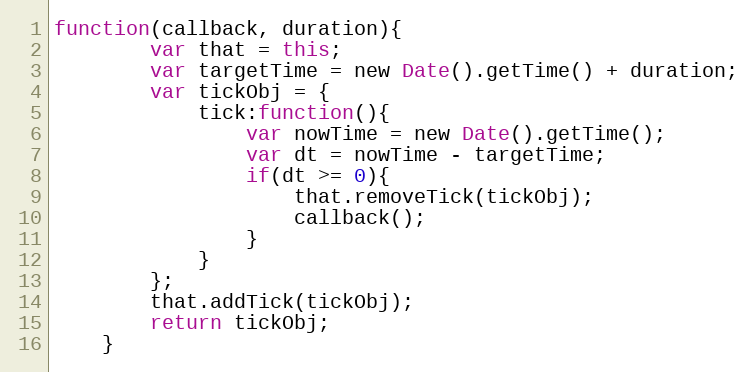
Language: JavaScript
function(callback, duration){
        var that = this;
        var targetTime = new Date().getTime() + duration;
        var tickObj = {
            tick:function(){
                var nowTime = new Date().getTime();
                var dt = nowTime - targetTime;
                if(dt >= 0){
                    that.removeTick(tickObj);
                    callback();
                }
            }
        };
        that.addTick(tickObj);
        return tickObj;
    }